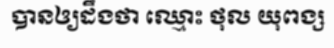
បានឲ្យដឹងថា ឈ្មោះ ថុល យុពង្ស